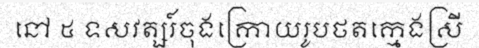
នៅ ៥ ទសវត្សរ៍ចុងក្រោយរូបថតក្មេងស្រី